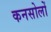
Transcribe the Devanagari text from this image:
कनसोलों